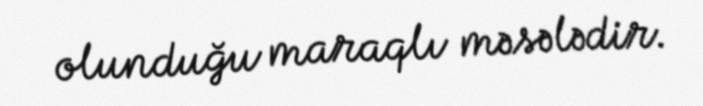
olunduğu maraqlı məsələdir.